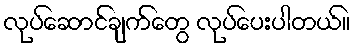
လုပ်ဆောင်ချက်တွေ လုပ်ပေးပါတယ်။